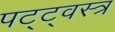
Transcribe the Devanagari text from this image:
पट्ट्वस्त्र